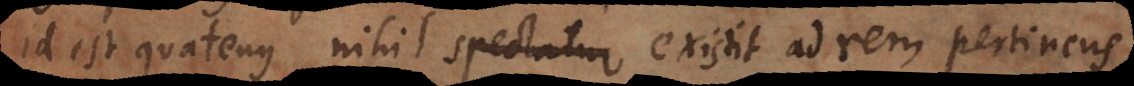
id est quatenus nihil spectatur existit ad rem pertinens